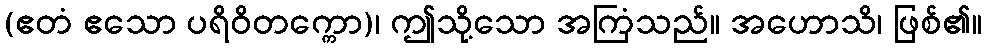
(ဧတံ ဧသော ပရိဝိတက္ကော)၊ ဤသို့သော အကြံသည်။ အဟောသိ၊ ဖြစ်၏။